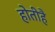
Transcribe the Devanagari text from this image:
होतीहै